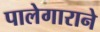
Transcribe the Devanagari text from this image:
पालेगाराने